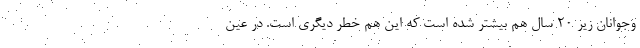
وجوانان زیر ۲۰ سال هم بیشتر شده است که این هم خطر دیگری است. در عین